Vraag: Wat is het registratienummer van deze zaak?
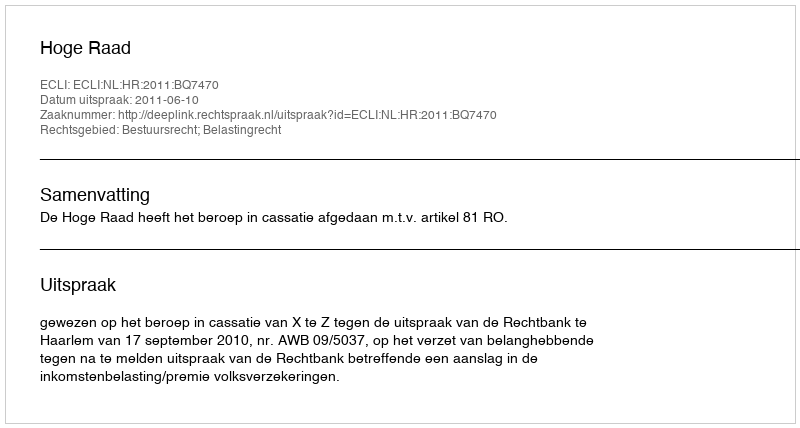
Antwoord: http://deeplink.rechtspraak.nl/uitspraak?id=ECLI:NL:HR:2011:BQ7470